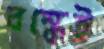
বন্ধেই